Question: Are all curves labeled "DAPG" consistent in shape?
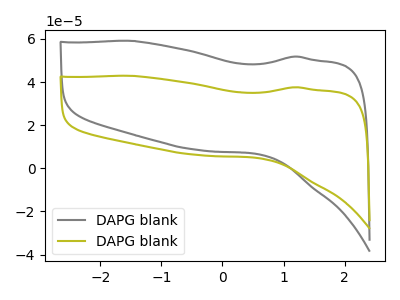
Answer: <think>The gray curve "DAPG blank1" has no peaks. The olive curve "DAPG blank2" has no peaks.
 Neither "DAPG blank1" or "DAPG blank2" have any peaks.</think>
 <answer>All the CV's of "DAPG" have similar shape.</answer>
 <eval>follow_rule</eval>